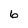
Character: 6